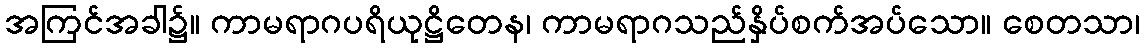
အကြင်အခါ၌။ ကာမရာဂပရိယုဋ္ဌိတေန၊ ကာမရာဂသည်နှိပ်စက်အပ်သော။ စေတသာ၊